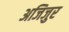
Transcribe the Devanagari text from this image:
अजिजुर